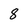
Character: 8